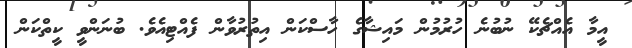
އީމާ އެއްޗެކޭ ނުބުނެ ހުރުމުން މައިޝާގެ ހާސްކަން އިތުރުވާން ފެއްޓިއެވެ. ބުނަންވީ ކީތްކަން